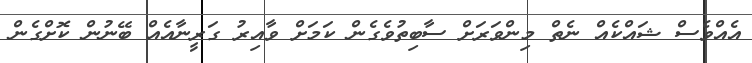
އެއްވެސް ޝައްކެއް ނެތް މިންވަރަށް ސާބިތުވެގެން ކަމަށް ވާއިރު ގަރީނާއެއް ބޭނުން ކޮށްގެން